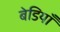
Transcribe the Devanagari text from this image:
बेडियाँ